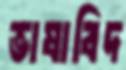
ভাষাবিদ